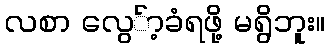
လစာ လွေ်ာ့ခံရဖို့ မရွိဘူး။